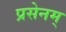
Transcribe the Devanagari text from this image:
प्रसेनम्‌